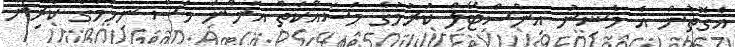
އެގޮތުން އެ މެޝިނު އިންސްޓޯލް ކުރުމުގެ މަސައްކަތް އަންނަ މަސް ނިމުމުގެ ކުރިން